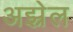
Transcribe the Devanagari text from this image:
अझ्रेल